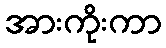
အားကိုးကာ